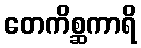
တေကိစ္ဆကာရိ